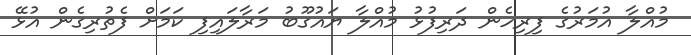
މުއްލާ އުމަރުގެ ފިރިހެން ދަރިފުޅު މުއްލާ ޔައުގޫބު މަރާލައިފި ކަމަށް ފެތުރިގެން އުޅޭ